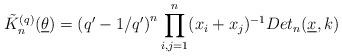
LaTeX: \begin{align*}\tilde{K}_{n}^{(q)}(\underline{\theta })=\left( q^{\prime }-1/q^{\prime}\right) ^{n}\prod_{i,j=1}^{n}(x_{i}+x_{j})^{-1}Det_{n}(\underline{x},k)\end{align*}